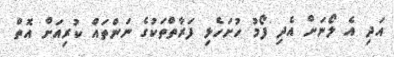
އަދި އެ ލޯނަށް އެދި ފޯމު ހުށަހެޅި ފަރާތްތަކުގެ ނަންތައް ކުރިއަށް އޮތް